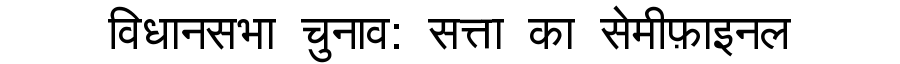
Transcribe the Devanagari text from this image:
विधानसभा चुनाव: सत्ता का सेमीफ़ाइनल